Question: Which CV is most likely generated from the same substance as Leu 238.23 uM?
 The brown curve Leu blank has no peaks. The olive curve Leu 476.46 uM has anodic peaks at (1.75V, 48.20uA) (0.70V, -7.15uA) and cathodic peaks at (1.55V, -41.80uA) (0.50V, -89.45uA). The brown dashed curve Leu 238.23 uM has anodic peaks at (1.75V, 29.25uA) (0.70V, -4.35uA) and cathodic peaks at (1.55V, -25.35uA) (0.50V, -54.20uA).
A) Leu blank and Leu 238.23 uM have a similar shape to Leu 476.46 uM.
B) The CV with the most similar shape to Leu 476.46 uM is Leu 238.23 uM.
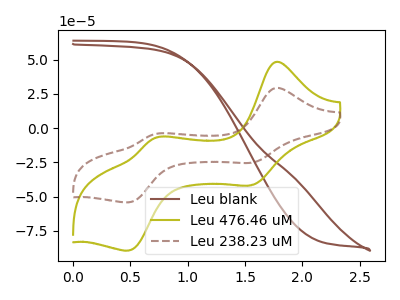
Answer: <think>"Leu blank" and "Leu 476.46 uM" have a different number of peaks. "Leu blank" and "Leu 238.23 uM" have a different number of peaks. All the peaks in "Leu 476.46 uM" have a peak in "Leu 238.23 uM" at the same potential.
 </think>
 <answer>B) The CV with the most similar shape to "Leu 476.46 uM" is "Leu 238.23 uM".</answer>
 <eval>B</eval>